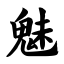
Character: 魅